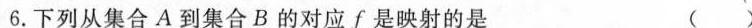
6.下列从集合A到集合B的对应f是映射的是（）